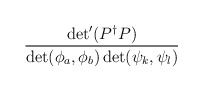
\begin{align*}\displaystyle \frac{\det'(P^\dagger P)}{ \det(\phi_a,\phi_b)\det(\psi_k,\psi_l)}\end{align*}